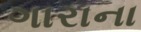
ગારાના